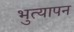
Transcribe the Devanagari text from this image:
भुत्यापन